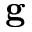
{ \bf g }